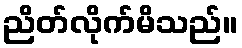
ညိတ်လိုက်မိသည်။